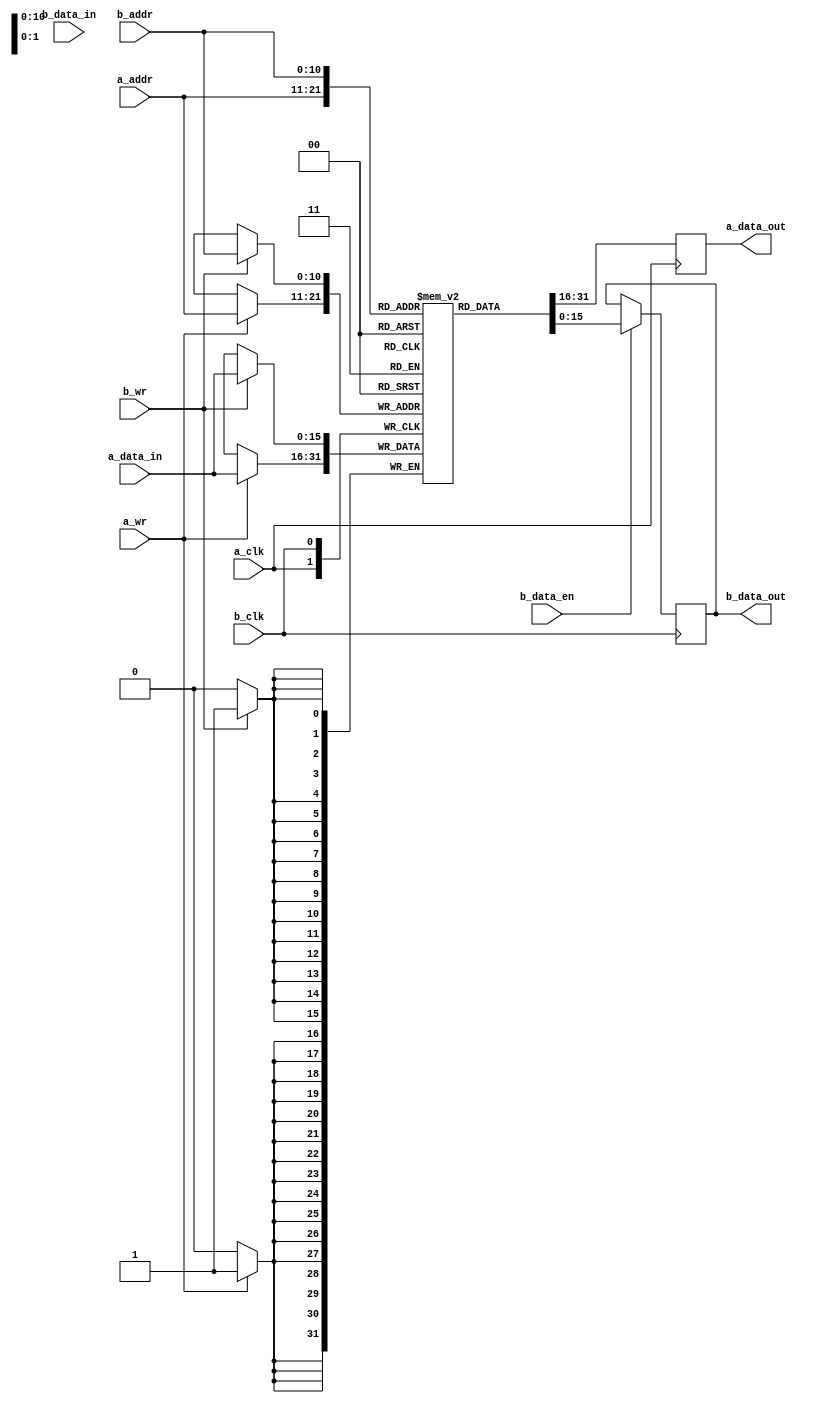

////////////////////////////////////////////////////////////////////////////////
// Company:     Riftek LLC
// Design Name: BRAM_Memory
////////////////////////////////////////////////////////////////////////////////

module BRAM_Memory
#(
	parameter								ADDR_BITS		= 11
)
(
	input									a_clk,
	input									a_wr,
   input		[ADDR_BITS-1 : 0]			a_addr,
	input		[15 : 0]					a_data_in,
	output reg	[15 : 0]					a_data_out,
	
	input									b_clk,
	input									b_wr,
	input		[ADDR_BITS-1 : 0]			b_addr,
	input		[15 : 0]					b_data_in,
	output reg	[15 : 0]					b_data_out,
	input									b_data_en
);

// ,    
(* ram_style = "bram" *)
reg			[15 : 0]						Memory[(2**ADDR_BITS)-1 : 0];

integer										Idx;

initial
begin
	for (Idx = 0; Idx < ((2**ADDR_BITS)-1); Idx=Idx+1)	Memory[Idx]		<= 0;
	b_data_out		<= 0;
end

always @(posedge a_clk)
begin
	a_data_out		<= Memory[a_addr];
	if (a_wr)	Memory[a_addr]	<= a_data_in;
end

always @(posedge b_clk)
begin
	b_data_out		<= (b_data_en) ? Memory[b_addr] : b_data_out;
	if (b_wr)	Memory[b_addr]	<= a_data_in;
end


endmodule